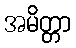
အမိတ္တာ